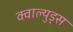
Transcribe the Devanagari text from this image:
क्वाल्युड्स